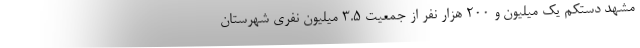
مشهد دستکم یک میلیون و ۲۰۰ هزار نفر از جمعیت ۳.۵ میلیون نفری شهرستان